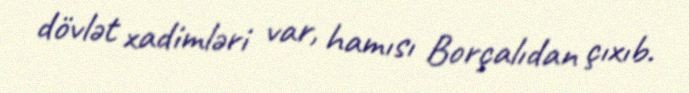
dövlət xadimləri var, hamısı Borçalıdan çıxıb.